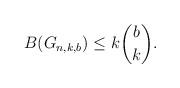
LaTeX: \begin{align*}B(G_{n,k,b})\leq k\binom{b}{k}.\end{align*}